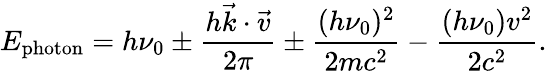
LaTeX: E_{\mathrm{photon}}=h\nu_{0}\pm\frac{h\vec{k}\cdot\vec{v}}{2\pi}\pm\frac{(h\nu_{0})^{2}}{2mc^{2}}-\frac{(h\nu_{0})v^{2}}{2c^{2}}.